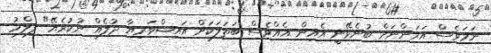
ނަމަވެސް އަހަންނަށް ބުނެވޭނީ އެއިން އެއްވެސް ބަތަލަކަށް އައިޝްވަރިޔާ ދުލެއް ނުކުރެޔޭ" ފިލްމު